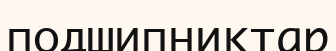
подшипниктар